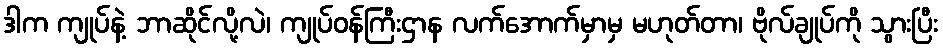
ဒါက ကျုပ်နဲ့ ဘာဆိုင်လို့လဲ၊ ကျုပ်ဝန်ကြီးဌာန လက်အောက်မှာမှ မဟုတ်တာ၊ ဗိုလ်ချုပ်ကို သွားပြီး